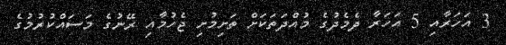
3 އަހަރާއި 5 އަހަރާ ދެމެދުގެ މުއްދަތަކަށް ތަށިމުށި ޖެހުމާއި ރޭނުގެ މަސައްކުރުމުގެ